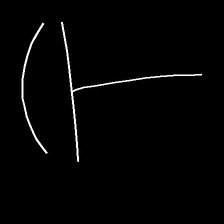
Glyph: dispersion